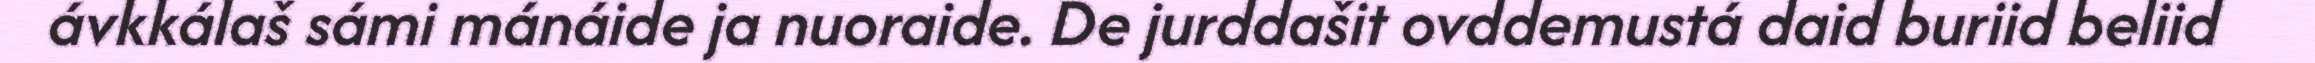
ávkkálaš sámi mánáide ja nuoraide. De jurddašit ovddemustá daid buriid beliid